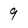
Character: 9